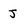
Character: J